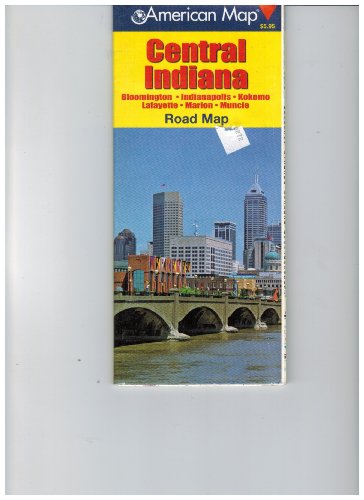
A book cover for Central Indiana Pm: Formerly Indianapolis 50 Mile Map; Creative Sales Corp.; Travel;